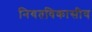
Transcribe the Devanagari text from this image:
नियतविकासीय